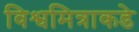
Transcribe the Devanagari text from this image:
विश्वमित्राकडे